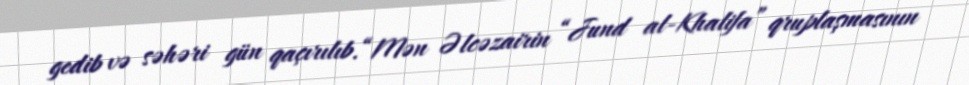
gedib və səhəri gün qaçırılıb.“Mən Əlcəzairin “Jund al-Khalifa” qruplaşmasının